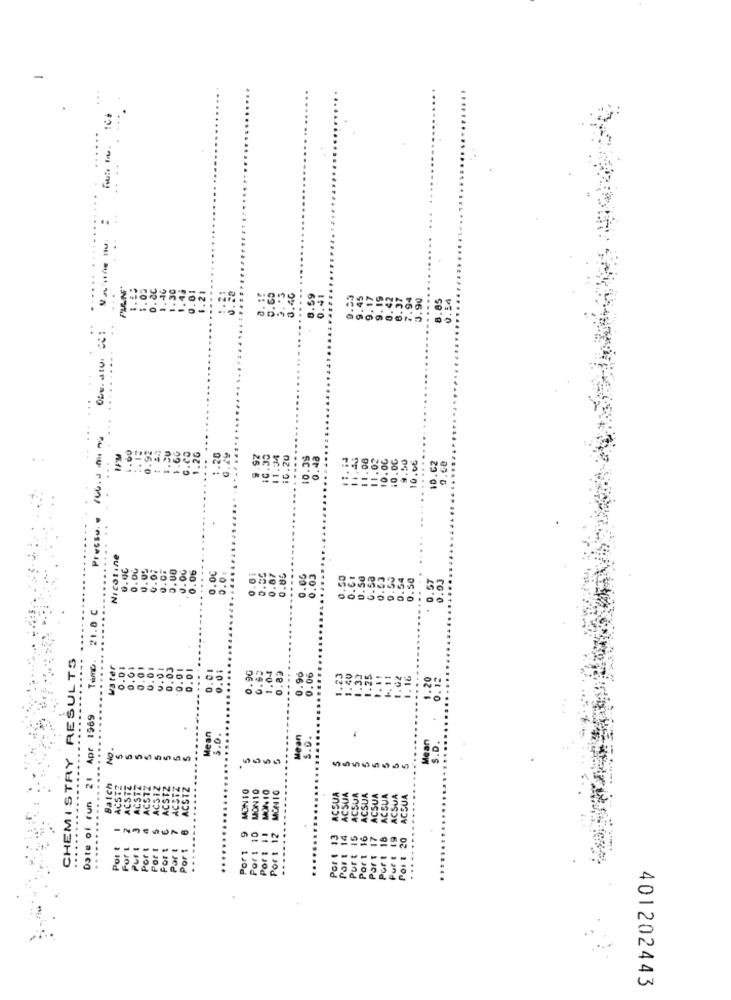
...
. .
PULN'
.59
....
8.85
0.54
...
.20
9.92
10.35
11:34
10.20
10.35
.46
.00
.02
10.00
10.00
9.50
10.0€
....
10.02
0.68
Precsu.
Nicotine
0.00
.00
.00
.06
......
0.00
0.0.
0.01
9.87
0.05
.....
0.05
0.03
0.50
0.61
0.50
0.58
0.53
0.00
.54
0.50
0.00
....
io
21.0 C
CHEMISTRY RESULTS
Temo.
water
0.01
0.0.
0.03
0.01
0.01
0.90
0.62
1.04
0.0
0.82
0.90
0.06
.02
0.12
Date of run 21 Apr 1969
Mean
5.0.
Mean
S.O.
.....
ean
S .D
5
Batch
ACSIZ
AC31Z
ACSIZ
ACSTZ
MON 10
MONTO
MONTO
.....
ACS
ACS
ACST
ACST
ICSUA
ACSU
ACSUA
ACSUA
ACSUA
SUA
ACSUA
3
Port 9
Por 1 10
Port 14
Port 1:
13
15
Port 16
19
20
....
Port
Puf I
Port
Por !
Fort
Port
Port !
Part
....
Por
Port
Part
Put &
Por &
401202443